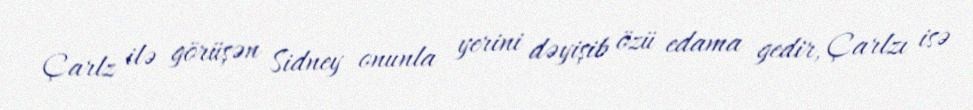
Çarlz ilə görüşən Sidney onunla yerini dəyişib özü edama gedir, Çarlzı isə